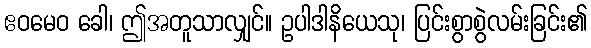
ဧဝမေဝ ခေါ၊ ဤအတူသာလျှင်။ ဥပါဒါနိယေသု၊ ပြင်းစွာစွဲလမ်းခြင်း၏